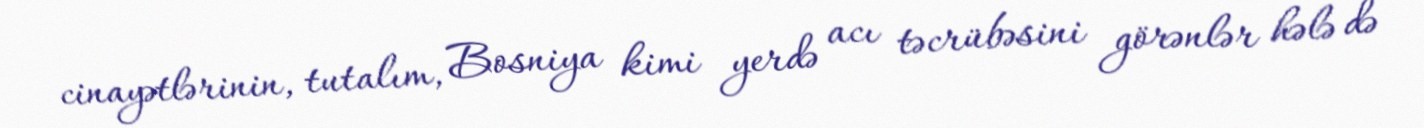
cinayətlərinin, tutalım, Bosniya kimi yerdə acı təcrübəsini görənlər hələ də